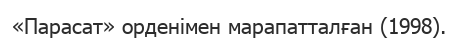
«Парасат» орденімен марапатталған (1998).